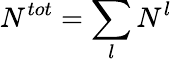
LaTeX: N^{tot}=\sum_{l}N^{l}